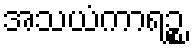
အသယံကာရဉ္စ